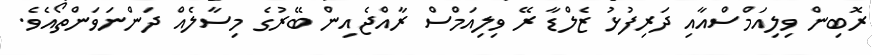
ރޮބިން ވިލިއަމްސްއާއި ދަރިފުޅު ޒެލްޑާ ރޭ ވިލިއަމްސް ރާއްޖެއިން ބޭރުގެ މިސާލެއް ދަންނަވަންތޯއެވެ.